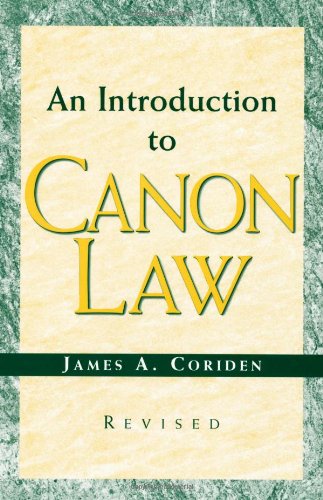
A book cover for An Introduction to Canon Law (Revised); James A. Coriden; Christian Books & Bibles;